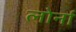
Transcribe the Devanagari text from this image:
लोर्ना